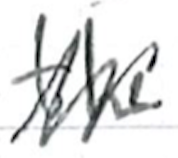
Text: the
Cross-out: zig-zag
Writing tool: ballpoint